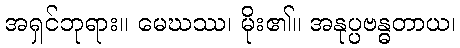
အရှင်ဘုရား။ မေဃဿ၊ မိုး၏။ အနုပ္ပဗန္ဓတာယ၊